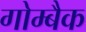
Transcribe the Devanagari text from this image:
गोम्बैक